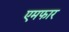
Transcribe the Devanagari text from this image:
एमफार